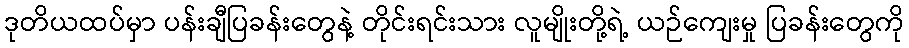
ဒုတိယထပ်မှာ ပန်းချီပြခန်းတွေနဲ့ တိုင်းရင်းသား လူမျိုးတို့ရဲ့ ယဉ်ကျေးမှု ပြခန်းတွေကို